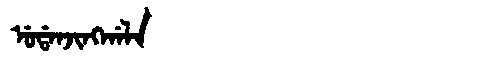
Manchu: ᡠᡩᠠᠨᠵᡳᠩᡤᠠᠯᠠ
Romanization: UDANJINGGALA